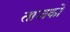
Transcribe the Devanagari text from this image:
ताजकों